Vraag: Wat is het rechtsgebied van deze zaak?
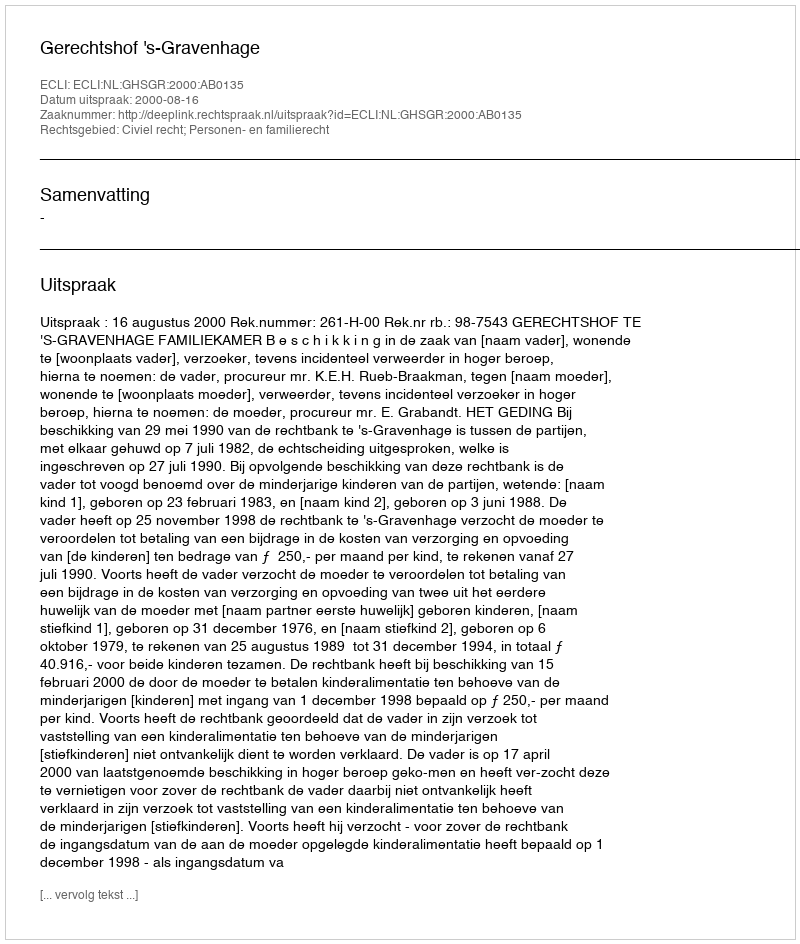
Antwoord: Civiel recht; Personen- en familierecht